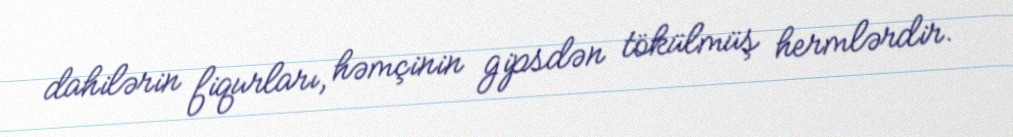
dahilərin fiqurları, həmçinin gipsdən tökülmüş hermlərdir.